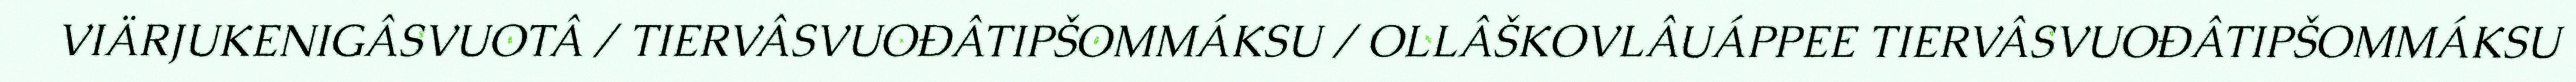
VIÄRJUKENIGÂSVUOTÂ / TIERVÂSVUOĐÂTIPŠOMMÁKSU / OLLÂŠKOVLÂUÁPPEE TIERVÂSVUOĐÂTIPŠOMMÁKSU